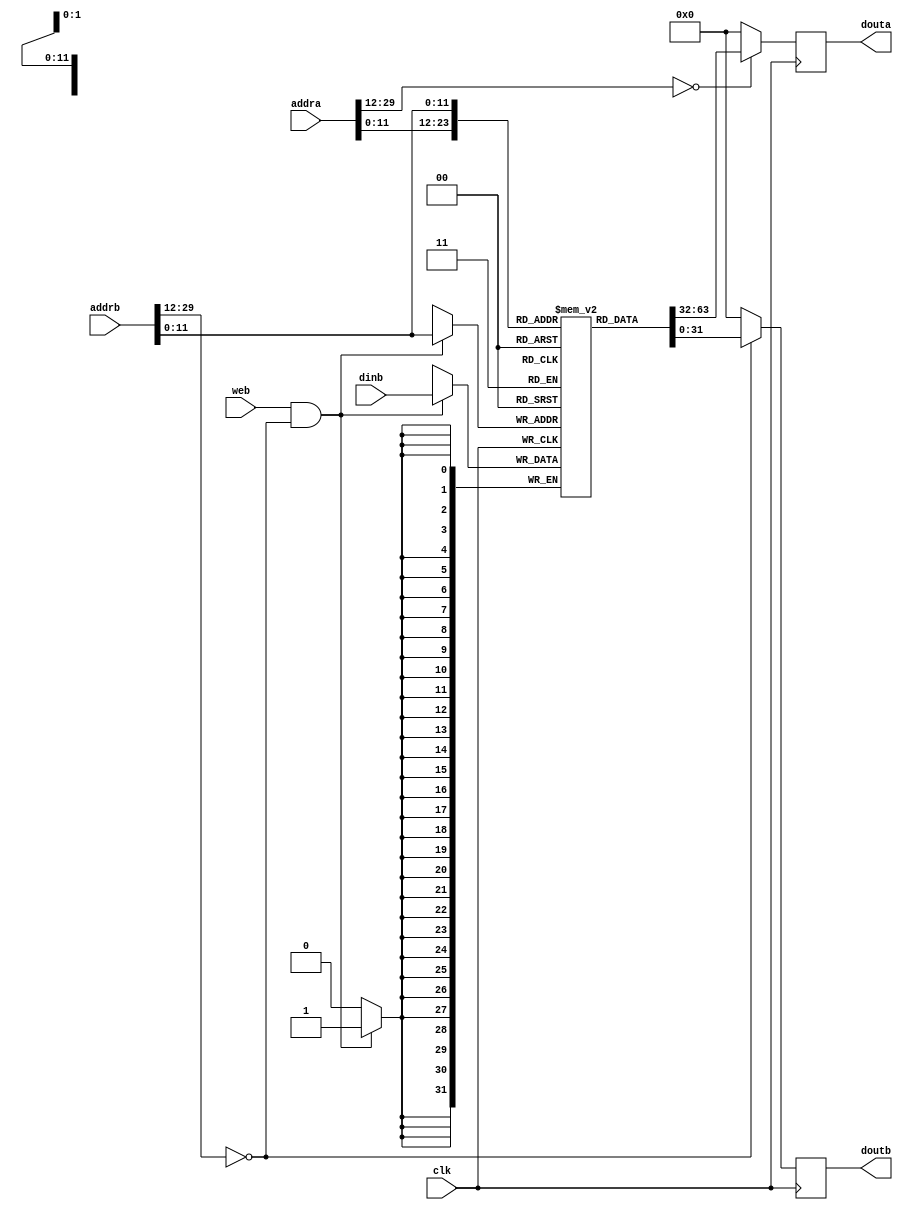
`timescale 1ns / 1ps
//////////////////////////////////////////////////////////////////////////////////
// Design Name: RISCV-Pipline CPU
// Module Name: InstructionRamWrapper
// Target Devices: Nexys4
// Tool Versions: Vivado 2017.4.1
// Description: a Verilog-based ram which can be systhesis as BRAM
// 
//////////////////////////////////////////////////////////////////////////////////
module InstructionRam(
    input  clk,
    input  web,
    input  [31:2] addra, addrb,
    input  [31:0] dinb,
    output reg [31:0] douta, doutb
);
initial begin douta=0; doutb=0; end

wire addra_valid = ( addra[31:14]==18'h0 );
wire addrb_valid = ( addrb[31:14]==18'h0 );
wire [11:0] addral = addra[13:2];
wire [11:0] addrbl = addrb[13:2];

reg [31:0] ram_cell [0:4095];
//Quicksort.S

initial begin
//    ram_cell[       0] = 32'h00404713;
//    ram_cell[       1] = 32'h00404693;
//    ram_cell[       2] = 32'h00e696b3;
//    ram_cell[       3] = 32'h00004633;
//    ram_cell[       4] = 32'h00e69533;
//    ram_cell[       5] = 32'h00a505b3;
//    ram_cell[       6] = 32'h000042b3;
//    ram_cell[       7] = 32'h00004333;
//    ram_cell[       8] = 32'h00004e33;
//    ram_cell[       9] = 32'h000043b3;
//    ram_cell[      10] = 32'h00e29eb3;
//    ram_cell[      11] = 32'h007e8eb3;
//    ram_cell[      12] = 32'h00ae8eb3;
//    ram_cell[      13] = 32'h000eae83;
//    ram_cell[      14] = 32'h00e39f33;
//    ram_cell[      15] = 32'h006f0f33;
//    ram_cell[      16] = 32'h00bf0f33;
//    ram_cell[      17] = 32'h000f2f03;
//    ram_cell[      18] = 32'h01eefeb3;
//    ram_cell[      19] = 32'h01de0e33;
//    ram_cell[      20] = 32'h00438393;
//    ram_cell[      21] = 32'hfcd3cae3;
//    ram_cell[      22] = 32'h00e29eb3;
//    ram_cell[      23] = 32'h006e8eb3;
//    ram_cell[      24] = 32'h00ce8eb3;
//    ram_cell[      25] = 32'h01cea023;
//    ram_cell[      26] = 32'h00430313;
//    ram_cell[      27] = 32'hfad34ae3;
//    ram_cell[      28] = 32'h00428293;
//    ram_cell[      29] = 32'hfad2c4e3;
//    ram_cell[      30] = 32'h0000006f;
    ram_cell[       0] = 32'h10004693;
    ram_cell[       1] = 32'h00001137;
    ram_cell[       2] = 32'h00004533;
    ram_cell[       3] = 32'h000045b3;
    ram_cell[       4] = 32'hfff68613;
    ram_cell[       5] = 32'h00261613;
    ram_cell[       6] = 32'h008000ef;
    ram_cell[       7] = 32'h0000006f;
    ram_cell[       8] = 32'h0cc5da63;
    ram_cell[       9] = 32'h0005e333;
    ram_cell[      10] = 32'h000663b3;
    ram_cell[      11] = 32'h006502b3;
    ram_cell[      12] = 32'h0002a283;
    ram_cell[      13] = 32'h04735263;
    ram_cell[      14] = 32'h00750e33;
    ram_cell[      15] = 32'h000e2e03;
    ram_cell[      16] = 32'h005e4663;
    ram_cell[      17] = 32'hffc38393;
    ram_cell[      18] = 32'hfedff06f;
    ram_cell[      19] = 32'h00650eb3;
    ram_cell[      20] = 32'h01cea023;
    ram_cell[      21] = 32'h02735263;
    ram_cell[      22] = 32'h00650e33;
    ram_cell[      23] = 32'h000e2e03;
    ram_cell[      24] = 32'h01c2c663;
    ram_cell[      25] = 32'h00430313;
    ram_cell[      26] = 32'hfedff06f;
    ram_cell[      27] = 32'h00750eb3;
    ram_cell[      28] = 32'h01cea023;
    ram_cell[      29] = 32'hfc7340e3;
    ram_cell[      30] = 32'h00650eb3;
    ram_cell[      31] = 32'h005ea023;
    ram_cell[      32] = 32'hffc10113;
    ram_cell[      33] = 32'h00112023;
    ram_cell[      34] = 32'hffc10113;
    ram_cell[      35] = 32'h00b12023;
    ram_cell[      36] = 32'hffc10113;
    ram_cell[      37] = 32'h00c12023;
    ram_cell[      38] = 32'hffc10113;
    ram_cell[      39] = 32'h00612023;
    ram_cell[      40] = 32'hffc30613;
    ram_cell[      41] = 32'hf7dff0ef;
    ram_cell[      42] = 32'h00012303;
    ram_cell[      43] = 32'h00410113;
    ram_cell[      44] = 32'h00012603;
    ram_cell[      45] = 32'h00410113;
    ram_cell[      46] = 32'h00012583;
    ram_cell[      47] = 32'hffc10113;
    ram_cell[      48] = 32'h00c12023;
    ram_cell[      49] = 32'hffc10113;
    ram_cell[      50] = 32'h00612023;
    ram_cell[      51] = 32'h00430593;
    ram_cell[      52] = 32'hf51ff0ef;
    ram_cell[      53] = 32'h00012303;
    ram_cell[      54] = 32'h00410113;
    ram_cell[      55] = 32'h00012603;
    ram_cell[      56] = 32'h00410113;
    ram_cell[      57] = 32'h00012583;
    ram_cell[      58] = 32'h00410113;
    ram_cell[      59] = 32'h00012083;
    ram_cell[      60] = 32'h00410113;
    ram_cell[      61] = 32'h00008067;
end

always @ (posedge clk)
    douta <= addra_valid ? ram_cell[addral] : 0;
    
always @ (posedge clk)
    doutb <= addrb_valid ? ram_cell[addrbl] : 0;

always @ (posedge clk)
    if(web & addrb_valid) 
        ram_cell[addrbl] <= dinb;

endmodule

//
    //bramabdebug_module
    //1bitbyte write
//
    //clk               
    //addra             a
    //addrb             b?
    //dinb              b
    //web               b
//
    //douta             a
    //doutb             b
//  
    //